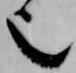
也